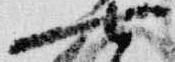
七